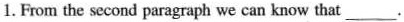
1. From the second paragaph we can know that___.